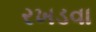
રખડવા